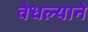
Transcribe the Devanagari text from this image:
वेधल्याने